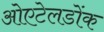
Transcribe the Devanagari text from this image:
ओएटेलडोंक